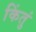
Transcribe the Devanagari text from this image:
किंतुं